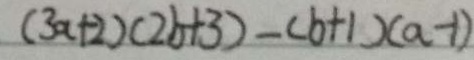
( 3 a + 2 ) ( 2 b + 3 ) - ( b + 1 ) ( a - 1 )